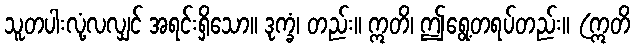
သူတပါးလုံ့လလျှင် အရင်းရှိသော။ ဒုက္ခံ၊ တည်း။ ဣတိ၊ ဤရွေ့တရပ်တည်း။ (ဣတိ